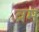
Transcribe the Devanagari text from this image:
ब्रम